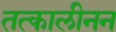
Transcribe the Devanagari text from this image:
तत्कालीनन